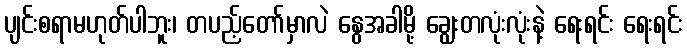
ပျင်းစရာမဟုတ်ပါဘူး၊ တပည့်တော်မှာလဲ နွေအခါမို့ ချွေးတလုံးလုံးနဲ့ ရေးရင်း ရေးရင်း